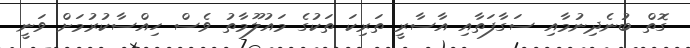
ގޮތް ބުނެދިނުމާއި ސަގާފަތާއި އާސާރީ ތަރިކަ ތަކުގެ މައުލޫމާތު ވެސް ހިއްސާކުރުމަށް ވަނީ